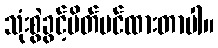
သုံးစွဲခွင့်ပိတ်ပင်ထားတာပါ။